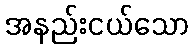
အနည်းငယ်သော